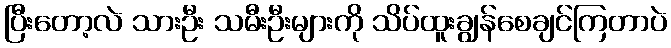
ပြီးတော့လဲ သားဦး သမီးဦးများကို သိပ်ထူးချွန်စေချင်ကြတာပဲ